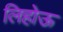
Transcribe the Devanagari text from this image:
लिहोऊ